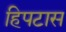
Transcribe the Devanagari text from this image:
हिपटास